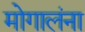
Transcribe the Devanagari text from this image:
मोगालंना